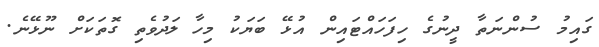
ގައިމު ސުންނަތާ ދީނުގެ ހިފަހައްޓައިން އުޅޭ ބަޔަކު މިހާ ލަދުވެތި ގޮތަކަށް ނޫޅޭނެ.